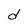
Character: d